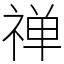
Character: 禅